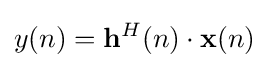
y(n)=\mathbf {h} ^{H}(n)\cdot \mathbf {x} (n)